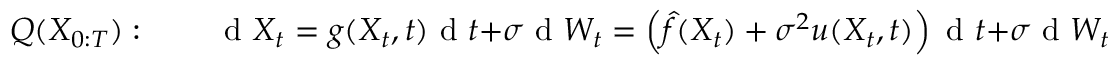
Q ( X _ { 0 : T } ) : \qquad \mathrm { ~ d ~ } X _ { t } = g ( X _ { t } , t ) \mathrm { ~ d ~ } t + \sigma \mathrm { ~ d ~ } W _ { t } = \left( \hat { f } ( X _ { t } ) + \sigma ^ { 2 } u ( X _ { t } , t ) \right) \mathrm { ~ d ~ } t + \sigma \mathrm { ~ d ~ } W _ { t } .